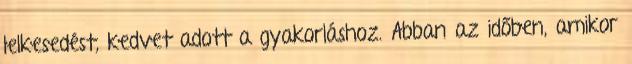
lelkesedést, kedvet adott a gyakorláshoz. Abban az időben, amikor